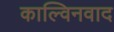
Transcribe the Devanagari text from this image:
काल्विनवाद